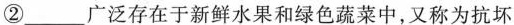
②___广泛存在于新鲜水果和绿色蔬菜中，又称为抗坏